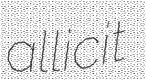
allicit